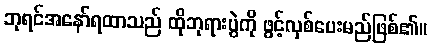
ဘုရင်အနော်ရထာသည် ထိုဘုရားပွဲကို ဖွင့်လှစ်ပေးမည်ဖြစ်၏။